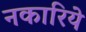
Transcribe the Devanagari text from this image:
नकारिये